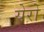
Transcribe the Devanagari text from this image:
येरो